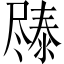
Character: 𫵧